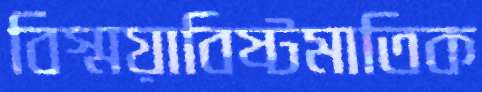
বিস্ময়াবিষ্টমাতিক